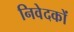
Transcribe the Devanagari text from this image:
निवेदकों